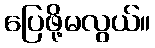
ပြေဖို့မလွယ်။